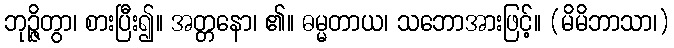
ဘုဉ္ဇိတွာ၊ စားပြီး၍။ အတ္တနော၊ ၏။ ဓမ္မတာယ၊ သဘောအားဖြင့်။ (မိမိဘာသာ၊)